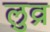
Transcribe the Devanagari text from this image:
लुव्र